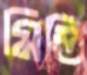
মিতি